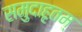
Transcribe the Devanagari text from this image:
समुदाहृतम्